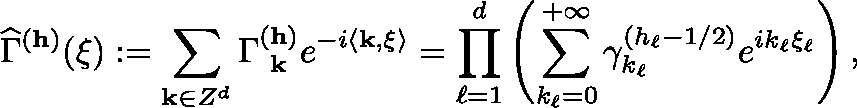
\widehat { \Gamma } ^ { ( \mathbf { h } ) } ( \mathbf { \xi } ) : = \sum _ { \mathbf { k } \in \mathbb { Z } ^ { d } } \Gamma _ { \textbf { k } } ^ { ( \mathbf { h } ) } e ^ { - i \langle \mathbf { k } , \mathbf { \xi } \rangle } = \prod _ { \ell = 1 } ^ { d } \left( \sum _ { k _ { \ell } = 0 } ^ { + \infty } \gamma _ { k _ { \ell } } ^ { ( h _ { \ell } - 1 / 2 ) } e ^ { i k _ { \ell } \mathbf { \xi } _ { \ell } } \right) ,